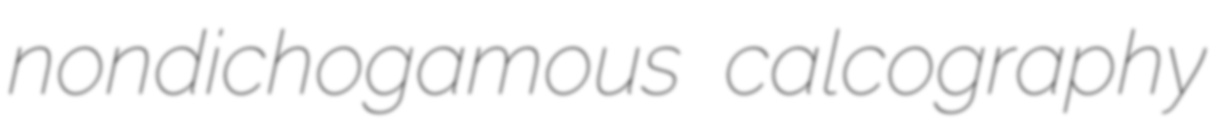
nondichogamous calcography